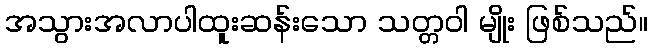
အသွားအလာပါထူးဆန်းသော သတ္တဝါ မျိုး ဖြစ်သည်။